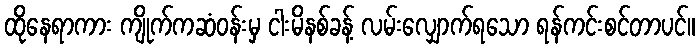
ထိုနေရာကား ကျိုက်ကဆံဝန်းမှ ငါးမိနစ်ခန့် လမ်းလျှောက်ရသော ရန်ကင်းစင်တာပင်။